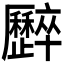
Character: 𠫏